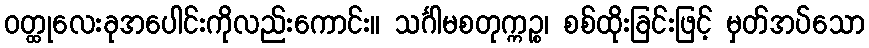
ဝတ္ထုလေးခုအပေါင်းကိုလည်းကောင်း။ သင်္ဂါမစတုက္ကဉ္စ၊ စစ်ထိုးခြင်းဖြင့် မှတ်အပ်သော